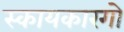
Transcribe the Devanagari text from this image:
स्कायकारगो